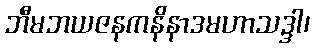
ဘီမဘယဇနကနိနာဒမဟာသဒ္ဒါ၊